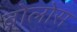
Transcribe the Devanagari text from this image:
ब्रोलोस